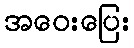
အဝေးပြေး